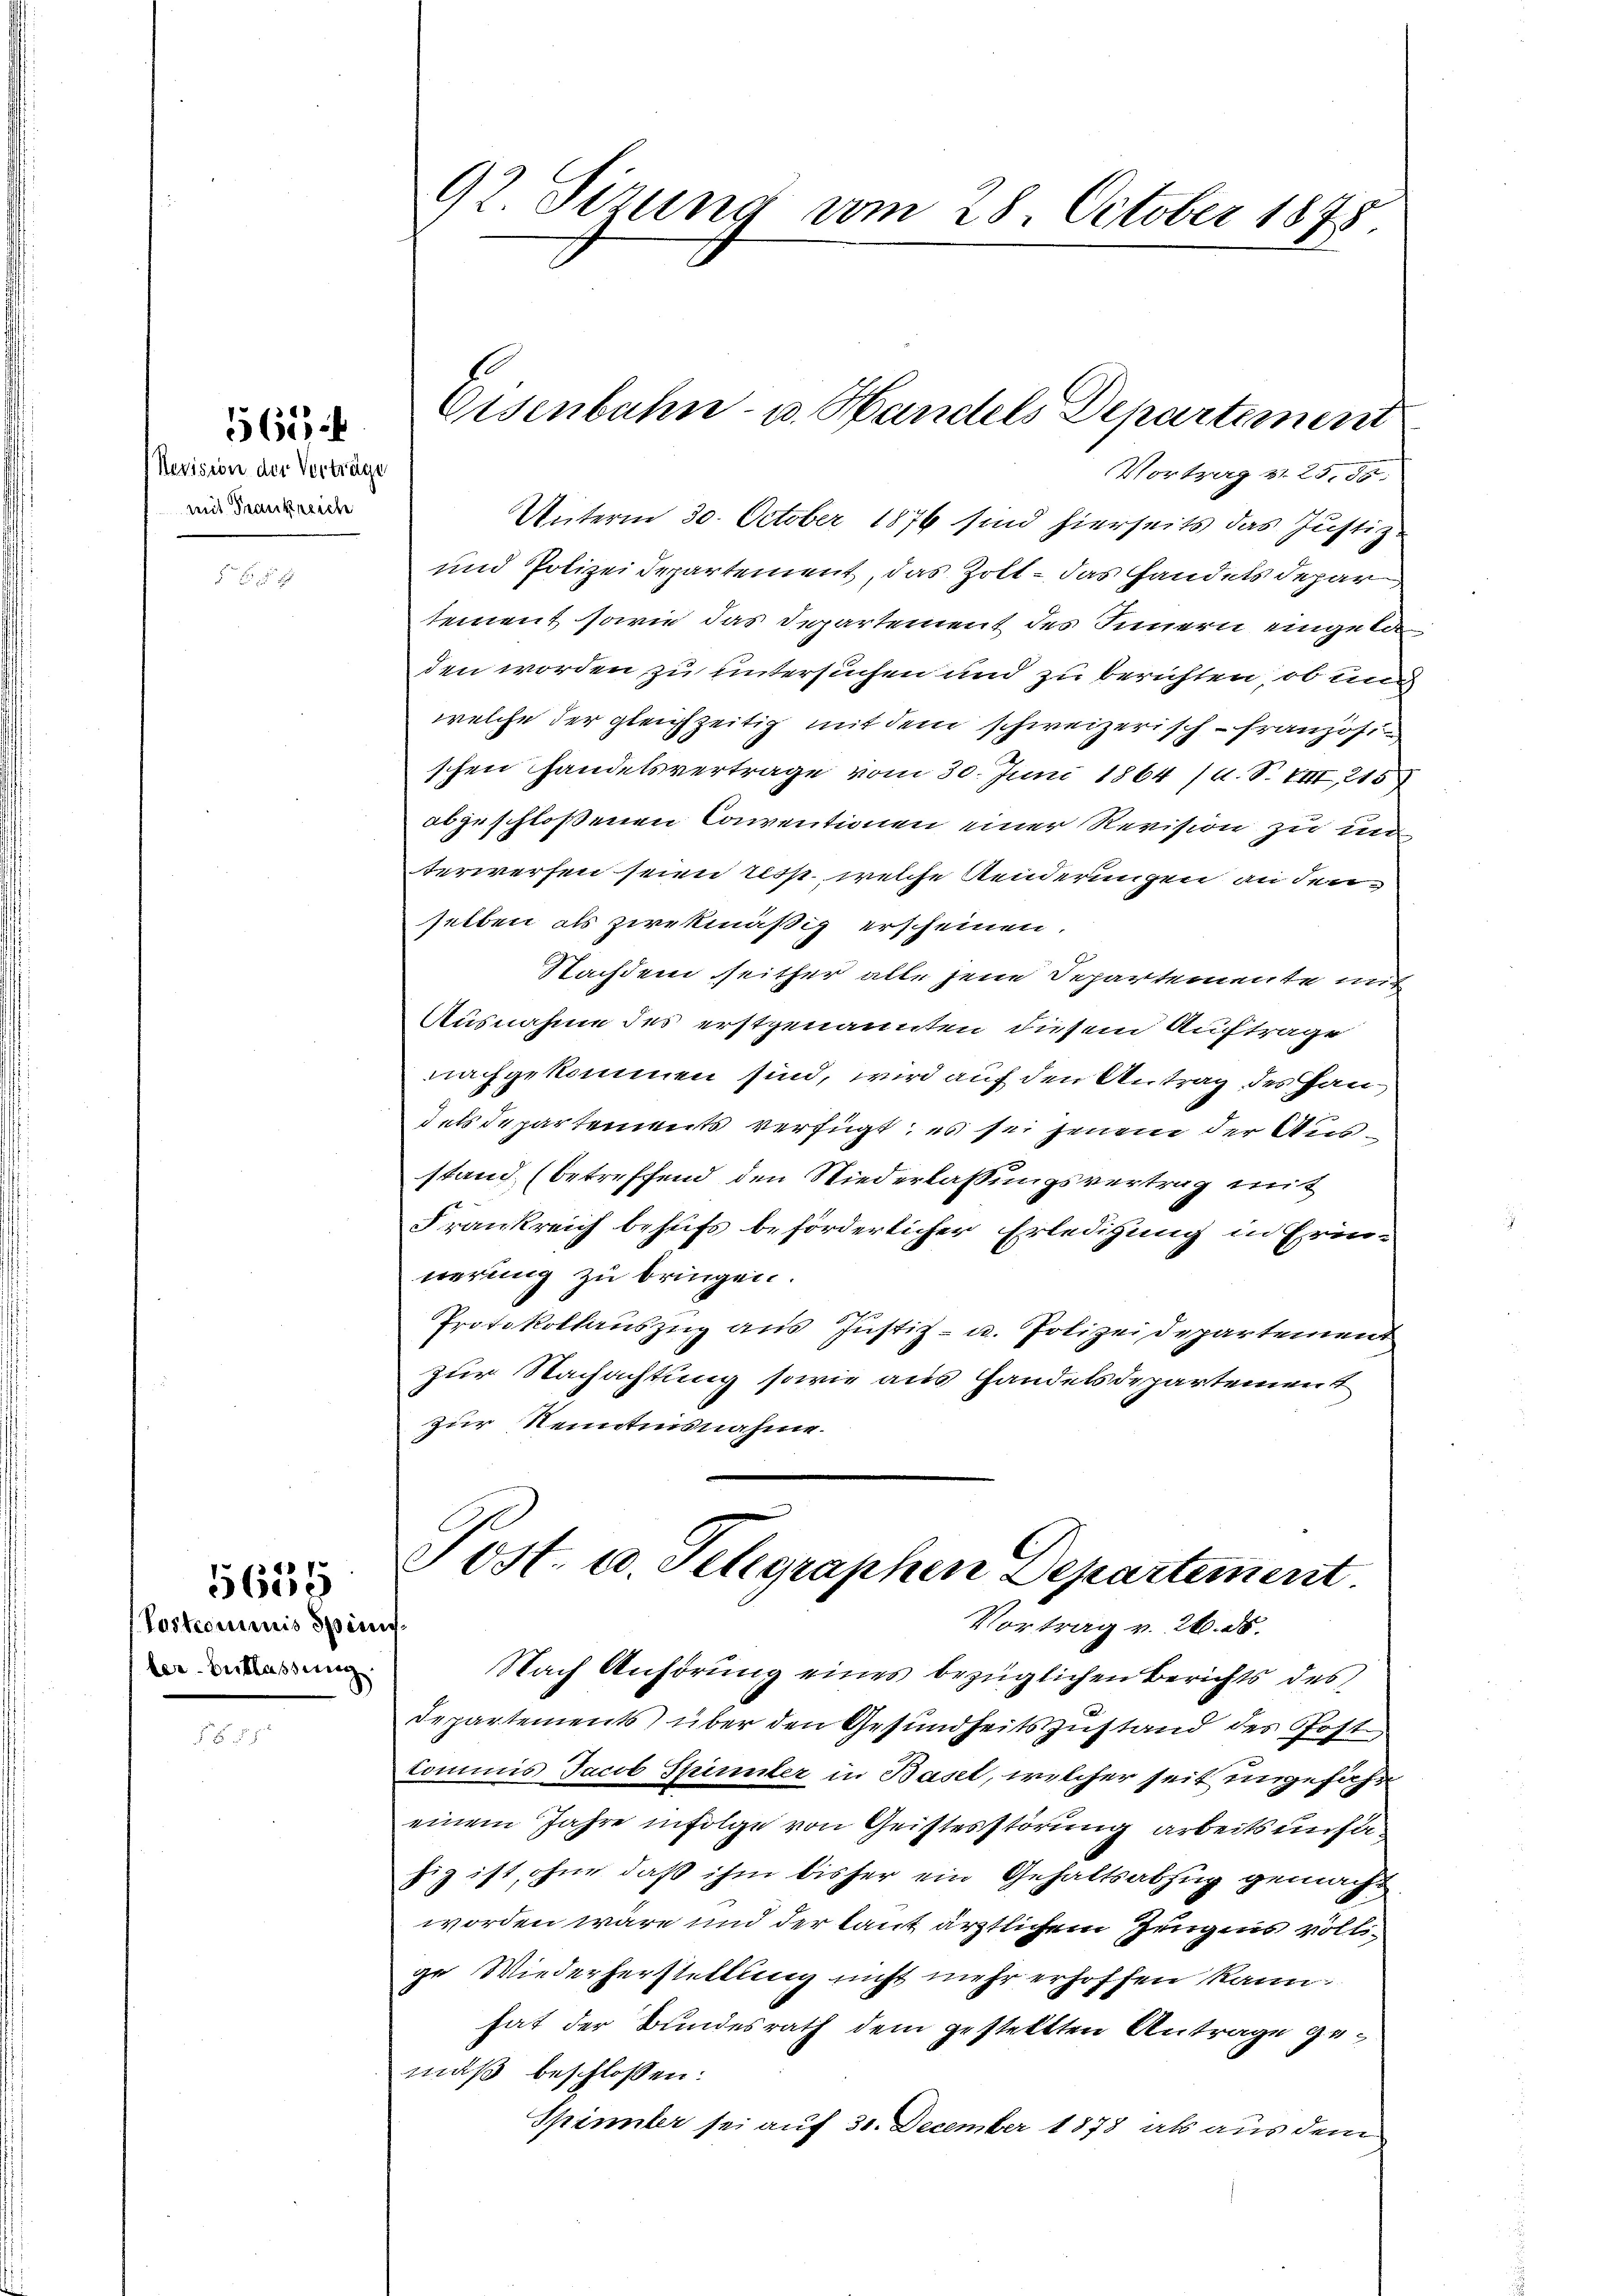
Revision der Vorträge
mit Frankreiche

565

Postcommis dimisler-Entlassung

5655

92 Sizung vom 28. October 1878.

Unterm 30. October 1876 sind hierseits das Justiz.
und Polizei Departement, das Zott – das andels Depar
sement sowie das Departement des Innern eingeka
den worden zu untersuchen und zu berichten, ob un
welche der gleichzeitig mit dem schweizerisch-französischen Handelsvertrage vom 30. Juni 1864 /A. S. VIII 215)
abgeschloßenen Conventionen einer Revision zu un
terwerfen seien resp. welche Aenderungen an denselben als zwekmäßig erscheinen.
Nachdem seither alle jene Departemente mit
Ausnahme des erstgenannten diesem Auftrage
nachgekommen sind, wird auf den Antrag des Handels Departements verfügt, es sei jenem der Ausstand (betreffend den Niederlassungsvertrag mit
Frankreich behufs beförderlicher Erledigung in Erinnerung zu bringen.
Protokollauszug aus Justiz- u. Polizeidepartement
zur Nachachtung sowie aus Handelsdepartement
zur Kenntnisnahme.
Post. u. Telegraphen Departement
Vortrag v. 26. ds.
Nach Anhörung eines bezüglichen Berichts des
Departements über den Gesundheitszustand des Postkommis Jacob Spinter in Basel, welcher seit ungefähr
einem Jahre infolge von Geistesstörung arbeitsunstfig ist, ohne daß ihm bisher ein Gehaltsabzug gemacht
worden wäre und der laut ärztlichem Zingens völlige Wiederherstattung nicht mehr erhoffen kann.
hat der Bundesrath dem gestellten Antrage gemäß beschlossen:
Spinnter sei auf 30. December 1878 als aus dem

Eisenbahn- u. Handels Departement
Vortrag v. 25. 56.